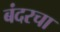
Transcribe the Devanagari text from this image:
बंदरचा